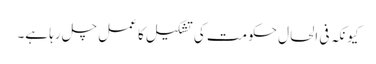
کیونکہ فی الحال حکومت کی تشکیل کا عمل چل رہا ہے۔